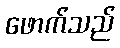
ဖောက်သည်